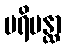
ပရိပန္ထာ